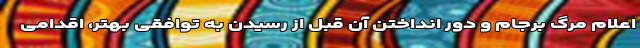
اعلام مرگ برجام و دور انداختن آن قبل از رسیدن به توافقی بهتر، اقدامی